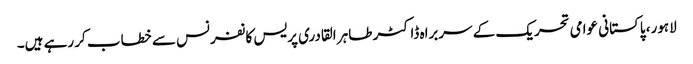
لاہور، پاکستانی عوامی تحریک کے سربراہ ڈاکٹر طاہر القادری پریس کانفرنس سے خطاب کر رہے ہیں۔